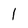
Character: l